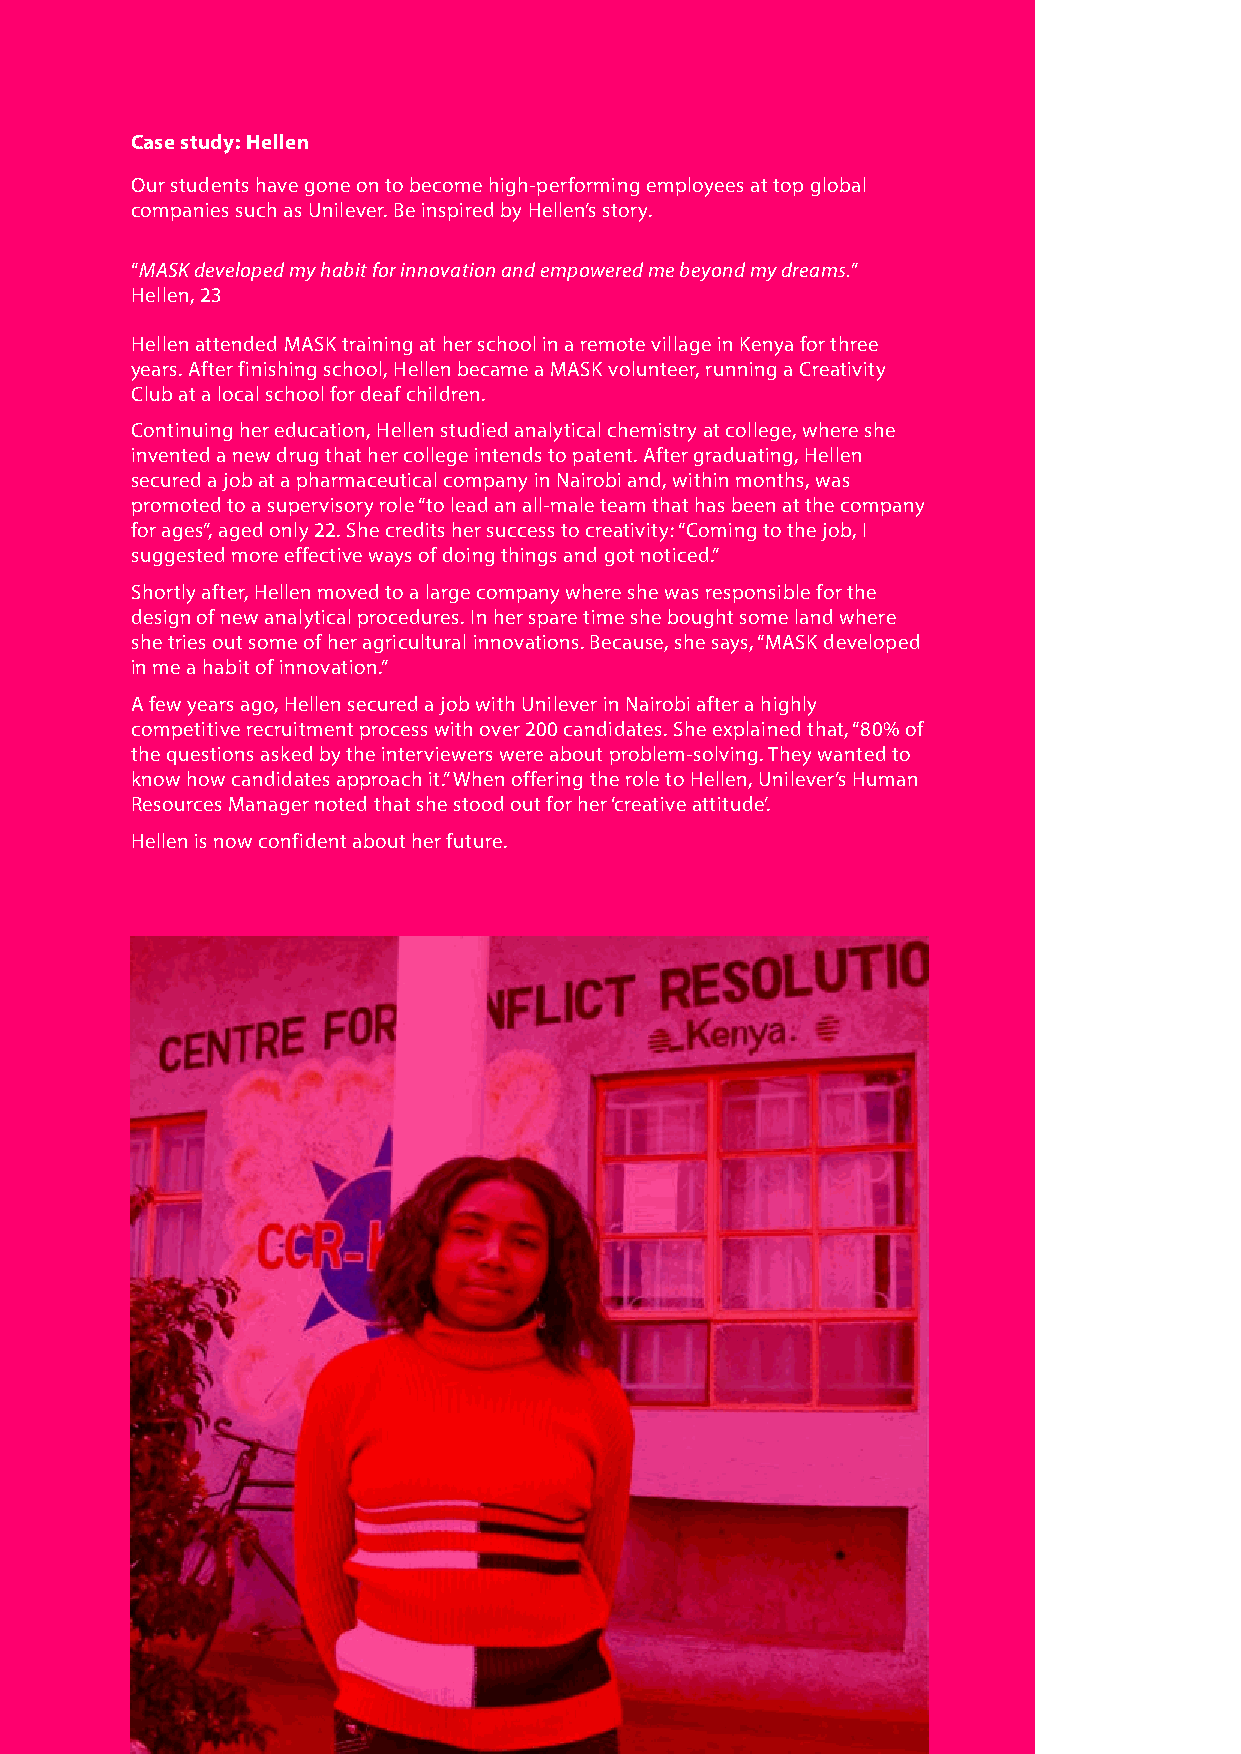
Case study: Hellen
 Our students have gone on to become high-performing employees at top global
 companies such as Unilever. Be inspired by Hellen’s story.
 “MASK developed my habit for innovation and empowered me beyond my dreams.”
 Hellen, 23
 Hellen attended MASK training at her school in a remote village in Kenya for three
 years. After finishing school, Hellen became a MASK volunteer, running a Creativity
 Club at a local school for deaf children.
 Continuing her education, Hellen studied analytical chemistry at college, where she
 invented a new drug that her college intends to patent. After graduating, Hellen
 secured a job at a pharmaceutical company in Nairobi and, within months, was
 promoted to a supervisory role “to lead an all-male team that has been at the company
 for ages”, aged only 22. She credits her success to creativity: “Coming to the job, I
 suggested more effective ways of doing things and got noticed.”
 Shortly after, Hellen moved to a large company where she was responsible for the
 design of new analytical procedures. In her spare time she bought some land where
 she tries out some of her agricultural innovations. Because, she says, “MASK developed
 in me a habit of innovation.”
 A few years ago, Hellen secured a job with Unilever in Nairobi after a highly
 competitive recruitment process with over 200 candidates. She explained that, “80% of
 the questions asked by the interviewers were about problem-solving. They wanted to
 know how candidates approach it.” When offering the role to Hellen, Unilever’s Human
 Resources Manager noted that she stood out for her ‘creative attitude’.
 Hellen is now confident about her future.
 23   MASK Create